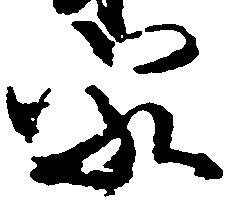
家